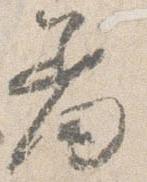
羞